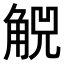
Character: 𧣶